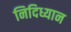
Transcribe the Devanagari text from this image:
निदिध्यान